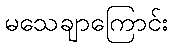
မသေချာကြောင်း